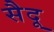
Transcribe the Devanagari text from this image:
सैदू